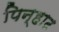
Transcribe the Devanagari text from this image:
पिन्हाट